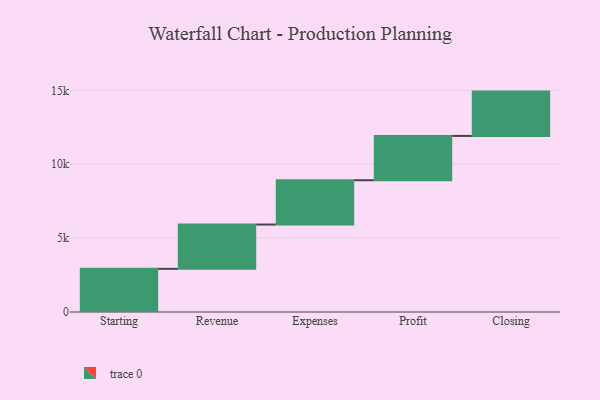
{"axis": {"x": "Step", "y": "Value"}, "legend": [""], "data": [{"x": "Starting", "y": 2921.0, "type": ""}, {"x": "Revenue", "y": 3000, "type": ""}, {"x": "Expenses", "y": 3000, "type": ""}, {"x": "Profit", "y": 3000, "type": ""}, {"x": "Closing", "y": 3000, "type": ""}]}